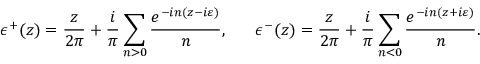
\epsilon ^ { + } ( z ) = \frac { z } { 2 \pi } + \frac { i } { \pi } \sum _ { n > 0 } \frac { e ^ { - i n ( z - i \varepsilon ) } } { n } , ~ ~ ~ ~ ~ \epsilon ^ { - } ( z ) = \frac { z } { 2 \pi } + \frac { i } { \pi } \sum _ { n < 0 } \frac { e ^ { - i n ( z + i \varepsilon ) } } { n } .